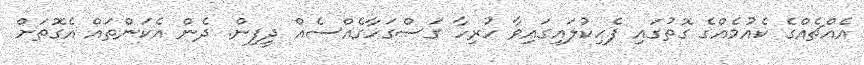
އެއްޗެއްގެ ކެއުމެއްގެ ގޮތުގައި ފެހިކުލައިގައިވާ ހުރިހާ ގަސްގަހާގެއްސެއް ދީފިން. ދެން އެކަންތައް އެގޮތަށް